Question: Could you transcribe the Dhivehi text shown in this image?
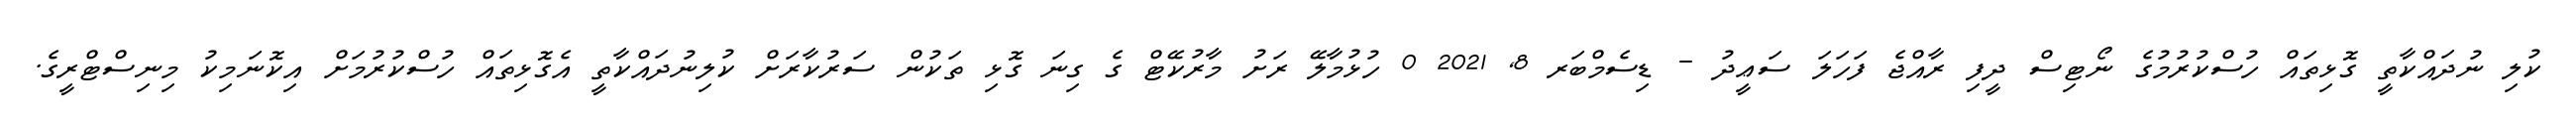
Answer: ކުލި ނުދައްކާތީ ގޮޅިތައް ހުސްކުރުމުގެ ނޯޓިސް ދީފި ރާއްޖެ ފަހަލަ ސަޢީދު - ޑިސެމްބަރ 8, 2021 0 ހުޅުމާލޭ ރަށު މާރުކޭޓް ގެ ގިނަ ގޮޅި ތަކުން ސަރުކާރަށް ކުލިނުދައްކާތީ އެގޮޅިތައް ހުސްކުރުމަށް އިކޮނަމިކު މިނިސްޓްރީގެ.